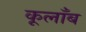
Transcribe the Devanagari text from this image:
कूलाँब